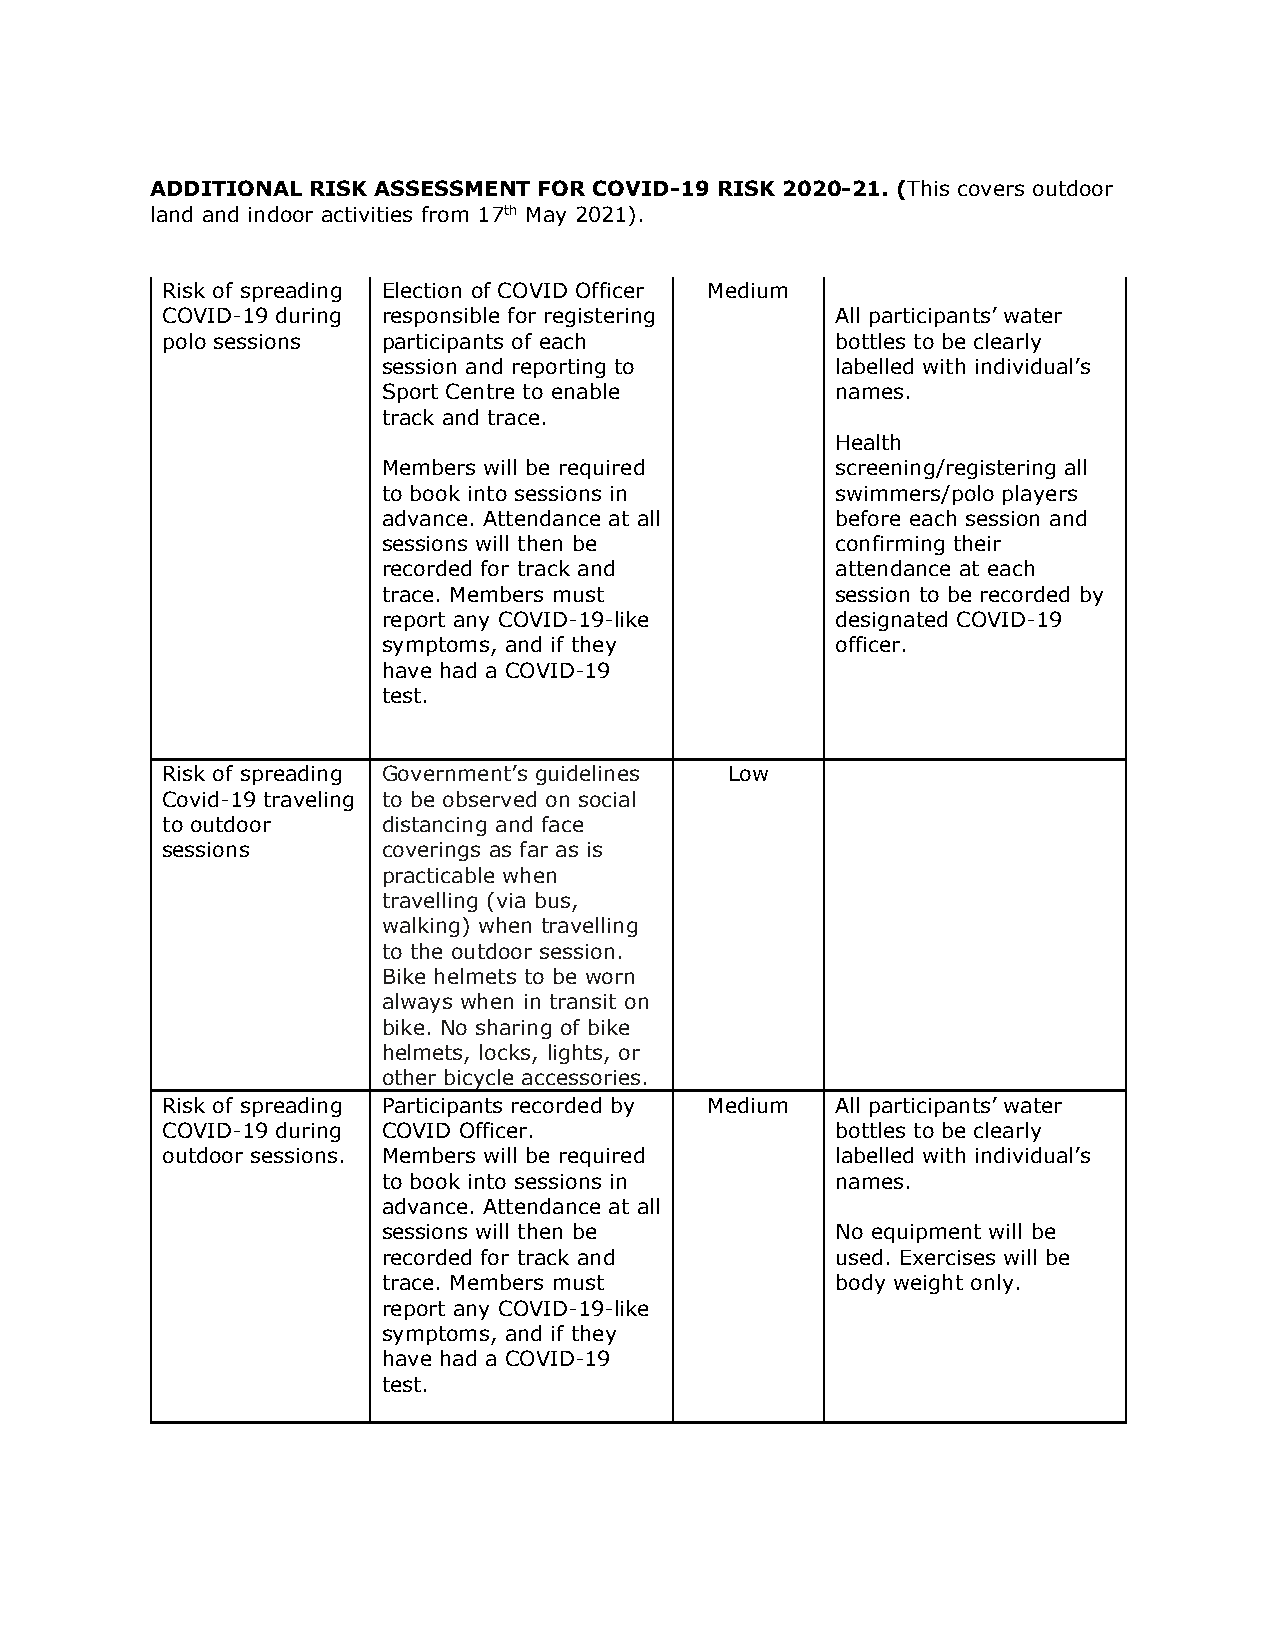
ADDITIONAL RISK ASSESSMENT FOR COVID-19 RISK 2020-21. (This covers outdoor
 land and indoor activities from 17th May 2021).
 Risk of spreading Election of COVID Officer Medium
 COVID-19 during responsible for registering All participants’ water
 polo sessions participants of each          bottles to be clearly
 session and reporting to      labelled with individual’s
 Sport Centre to enable        names.
 track and trace.
 Health
 Members will be required      screening/registering all
 to book into sessions in      swimmers/polo players
 advance. Attendance at all    before each session and
 sessions will then be         confirming their
 recorded for track and        attendance at each
 trace. Members must           session to be recorded by
 report any COVID-19-like      designated COVID-19
 symptoms, and if they         officer.
 have had a COVID-19
 test.
 Risk of spreading Government’s guidelines Low
 Covid-19 traveling to be observed on social
 to outdoor    distancing and face
 sessions      coverings as far as is
 practicable when
 travelling (via bus,
 walking) when travelling
 to the outdoor session.
 Bike helmets to be worn
 always when in transit on
 bike. No sharing of bike
 helmets, locks, lights, or
 other bicycle accessories.
 Risk of spreading Participants recorded by Medium All participants’ water
 COVID-19 during COVID Officer.              bottles to be clearly
 outdoor sessions. Members will be required  labelled with individual’s
 to book into sessions in      names.
 advance. Attendance at all
 sessions will then be         No equipment will be
 recorded for track and        used. Exercises will be
 trace. Members must           body weight only.
 report any COVID-19-like
 symptoms, and if they
 have had a COVID-19
 test.